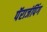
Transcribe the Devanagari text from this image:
पॅराजंपिंग